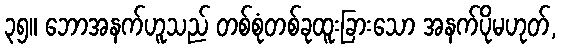
၃၅။ ဘောအနက်ဟူသည် တစ်စုံတစ်ခုထူးခြားသော အနက်ပိုမဟုတ်,